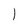
Character: l